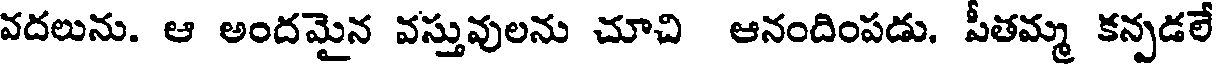
వదలును. ఆ అందమైన వస్తువులను చూచి ఆనందింపడు. పీతమ్మ కన్పడలే